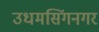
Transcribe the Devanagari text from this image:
उधमसिंगनगर